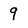
Character: 9